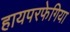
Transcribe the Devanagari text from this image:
हायपरफेगिया